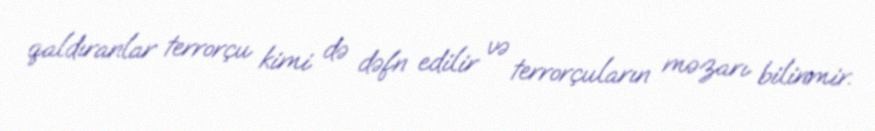
qaldıranlar terrorçu kimi də dəfn edilir və terrorçuların məzarı bilinmir.